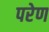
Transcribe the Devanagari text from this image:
परेण